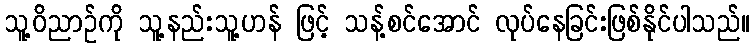
သူ့ဝိညာဉ်ကို သူ့နည်းသူ့ဟန် ဖြင့် သန့်စင်အောင် လုပ်နေခြင်းဖြစ်နိုင်ပါသည်။